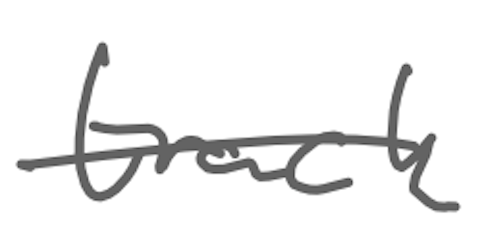
Text: track
Cross-out: single-line
Writing tool: digital_gray